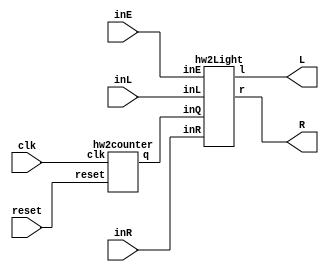
module hw2out(R,L,inL,inR,inE,clk,reset);
	input clk,reset,inR,inL,inE;
	output [2:0]R;
	output [2:0]L;
	wire [1:0]q;

	hw2counter counter(q,clk,reset);
	hw2Light lightOut(R,L,inL,inR,inE,q);

endmodule

module hw2Light(r,l,inL,inR,inE,inQ);
	input inR,inL,inE;
	input [1:0]inQ;
	output [2:0]r; output [2:0]l;

	wire [2:0]wl;
	wire [2:0]wr;


	wire EQ0;
	wire orQ1Q0;
	wire notE;

	and and3(EQ0,inE,inQ[0]);
	or or0(orQ1Q0,inQ[1],inQ[0]);
	not not0(notE,inE);

	//-----L0-----
	and and4(wl[0],inL,notE,orQ1Q0);
	or or2(l[0],wl[0],EQ0);
	//----------
	//----L1-------
	and and5(wl[1],inL,inQ[1],notE);
	or or3(l[1],wl[1],EQ0);
	//----------
	//----L3------
	and and6(wl[2],inL,inQ[1],inQ[0],notE);
	or or4(l[2],wl[2],EQ0);
	//----------

	//-----R0-----
	and and7(wr[0],inR,notE,orQ1Q0);
	or or5(r[0],wr[0],EQ0);
	//----------
	//----R1-------
	and and8(wr[1],inR,inQ[1],notE);
	or or6(r[1],wr[1],EQ0);
	//----------
	//----R3------
	and and9(wr[2],inR,inQ[1],inQ[0],notE);
	or or7(r[2],wr[2],EQ0);
	//----------

endmodule

module hw2counter(q,clk,reset);
	input clk,reset;
	output [1:0]q;

	T_FF t0(q[0],1'b1,clk,reset);
	T_FF t1(q[1],q[0],clk,reset);

endmodule

module D_FF(q,d,clk,reset);
	output q;
	input d,clk,reset;
	reg q;
	always @(posedge reset or negedge clk)
	if(reset)
		q<=1'b0;
	else
		q<=d;
endmodule

module T_FF(q,t,clk,reset);
	output q;
	input t,clk,reset;
	wire d;
	xor x1(d,q,t);
	D_FF d1(q,d,clk,reset);
endmodule